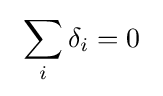
~\sum _{i}\delta _{i}=0~